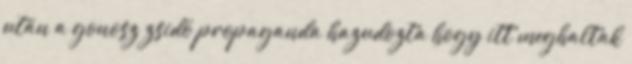
után a gonosz zsidó propaganda hazudozta hogy itt meghaltak